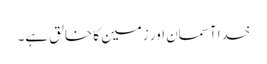
خدا آسمان اور زمین کا خالق ہے۔